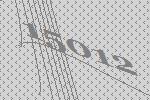
15012